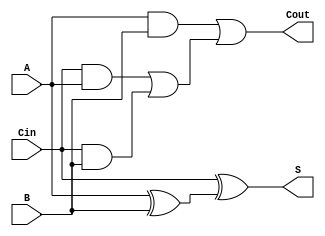
`timescale 1ns / 100ps

`define	NumBits	16

module FullAdder_1bit (A, B, S, Cin, Cout);
	input A;
	input B;
	input Cin;
	output S;
	output Cout;

	assign S = Cin ^ (A ^ B);
	assign Cout = (A & B) | ((Cin & A) | (Cin & B));
endmodule

module FullAdder_4bit (A, B, S, Cin, Cout);
	input [3:0] A;
	input [3:0] B;
	input Cin;
	output [3:0] S;
	output Cout;

	wire Carry0, Carry1, Carry2;

	FullAdder_1bit adder0(A[0], B[0], S[0], Cin, Carry0);
	FullAdder_1bit adder1(A[1], B[1], S[1], Carry0, Carry1);
	FullAdder_1bit adder2(A[2], B[2], S[2], Carry1, Carry2);
	FullAdder_1bit adder3(A[3], B[3], S[3], Carry2, Cout);
endmodule

module FullAdder_16bit (A, B, S, Cin, Cout);
	input [15:0] A;
	input [15:0] B;
	input Cin;
	output [15:0] S;
	output Cout;

	wire Carry0, Carry1, Carry2;
	
	FullAdder_4bit adder0(A[3:0], B[3:0], S[3:0], Cin, Carry0);
	FullAdder_4bit adder1(A[7:4], B[7:4], S[7:4], Carry0, Carry1);
	FullAdder_4bit adder2(A[11:8], B[11:8], S[11:8], Carry1, Carry2);
	FullAdder_4bit adder3(A[15:12], B[15:12], S[15:12], Carry2, Cout);
endmodule

module Not_16bit (A, S);
	input [15:0] A;
	output [15:0] S;
	
	genvar i;
	for(i = 0; i < 16; i = i + 1)
		assign S[i] = ~A[i];
endmodule

module And_16bit (A, B, S);
	input [15:0] A;
	input [15:0] B;
	output [15:0] S;
	
	genvar i;
	for(i = 0; i < 16; i = i + 1)
		assign S[i] = A[i] & B[i];
endmodule

module Or_16bit (A, B, S);
	input [15:0] A;
	input [15:0] B;
	output [15:0] S;
	
	genvar i;
	for(i = 0; i < 16; i = i + 1)
		assign S[i] = A[i] | B[i];
endmodule

module ComplementOfTwo_16bit (A, S);
	input [15:0] A;
	output [15:0] S;

	wire [15:0] B;
	wire Cout;
	Not_16bit notA(A, B);
	FullAdder_16bit adder(B, 16'b1, S, 1'b0, Cout);
endmodule

module Lshift_16bit (A, S);
	input [15:0] A;
	output [15:0] S;

	genvar i;
	for(i = 1; i < 16; i = i + 1) begin
		assign S[i] = A[i - 1];
	end
	assign S[0] = 0;
endmodule

module ArithmeticRshift_16bit (A, S);
	input [15:0] A;
	output [15:0] S;

	genvar i;
	for(i = 0; i < 15; i = i + 1) begin
		assign S[i] = A[i + 1];
	end
	assign S[15] = A[15];
endmodule

module Subtract_16bit (A, B, S, Ov);
	input [15:0] A;
	input [15:0] B;
	output [15:0] S;
	output Ov;
	wire Cout;
	wire [15:0] minusB;

	ComplementOfTwo_16bit complementer(B, minusB);
	FullAdder_16bit adder(A, minusB, S, 1'b0, Cout);
	assign Ov = (~(A[15] ^ minusB[15])) & (A[15] ^ S[15]);
endmodule

module ALU (A, B, FuncCode, C, BCond);
	input [`NumBits-1:0] A;
	input [`NumBits-1:0] B;
	input [3:0] FuncCode;
	output [`NumBits-1:0] C;
	output BCond;

	reg [`NumBits-1:0] C;
	reg BCond;

	// You can declare any variables as needed.
	wire [`NumBits-1:0] adderSumOut;
	wire [`NumBits-1:0] subtractOutput;
	wire subtracterOverflow;
	wire [`NumBits-1:0] notOutput;
	wire [`NumBits-1:0] orOutput;
	wire [`NumBits-1:0] andOutput;
	wire [`NumBits-1:0] nandOutput;
	wire [`NumBits-1:0] norOutput;
	wire [`NumBits-1:0] complementOutput;
	wire [`NumBits-1:0] xorOutput;
	wire [`NumBits-1:0] xnorOutput;
	wire [`NumBits-1:0] LshiftOutput;
	wire [`NumBits-1:0] LogicRshiftOutput;
	wire [`NumBits-1:0] ArithmeticRshiftOutput;

	wire adderCarryOut;

	FullAdder_16bit adder(A, B, adderSumOut, 1'b0, adderCarryOut);
	Subtract_16bit subtracter(A, B, subtractOutput, subtracterOverflow);
	Not_16bit notter(A, notOutput);
	And_16bit ander(A, B, andOutput);
	Or_16bit orer(A, B, orOutput);
	ComplementOfTwo_16bit complementer(A, complementOutput);
	Lshift_16bit lshifter(A, LshiftOutput);
	ArithmeticRshift_16bit arithmeticshifter(A, ArithmeticRshiftOutput);

	initial begin
		C = 0;
		BCond = 0;
	end   	

	always @(A or B or FuncCode) begin
		case(FuncCode)
			4'b0000 : begin
				// 0. Signed addition
				C = adderSumOut;
				BCond = 0;
			end
			4'b0001 : begin
				// 1. Signed subtraction
				C = subtractOutput;
				BCond = 0;
			end
			4'b0010 : begin
				// 2. Identity A
				C = A;
				BCond = 0;
			end
			4'b0011 : begin
				// 3. Bitwise NOT
				C = notOutput;
				BCond = 0;
			end
			4'b0100 : begin
				// 4. Bitwise AND
				C = andOutput;
				BCond = 0;
			end
			4'b0101 : begin
				// 5. Bitwise OR
				C = orOutput;
				BCond = 0;
			end
			4'b0110 : begin
				// 6. A != B check
				C = A;
				BCond = (A != B);
			end
			4'b0111 : begin
				// 7. A == B check
				C = A;
				BCond = (A == B);
			end
			4'b1000 : begin
				// 8. A > 0 check
				C = A;
				BCond = (A[15] == 0 && A != 0 ? 1 : 0);
			end
			4'b1001 : begin
				// 9. A < 0 check
				C = A;
				BCond = (A[15] == 1 ? 1 : 0);
			end
			4'b1010 : begin
				// 10. Identity B
				C = B;
				BCond = 0;
			end
			4'b1011 : begin
				// 11. Empty
				C = A;
				BCond = 0;
			end
			4'b1100 : begin
				// 12. Arithmetic left shift
				C = LshiftOutput;
				BCond = 0;
			end
			4'b1101 : begin
				// 13. Arithmetic right shift
				C = ArithmeticRshiftOutput;
				BCond = 0;
			end
			4'b1110 : begin
				// 14. Two's complement
				C = complementOutput;
				BCond = 0;
			end
			default : begin
				// 15. Zero
				C = 0;
				BCond = 0;
			end
		endcase
	end

endmodule